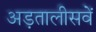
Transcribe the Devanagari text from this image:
अड़तालीसवें